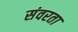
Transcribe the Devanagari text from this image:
संवरता